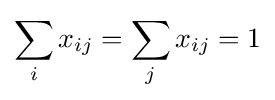
\sum _{i}x_{ij}=\sum _{j}x_{ij}=1